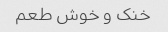
خنک و خوش طعم